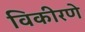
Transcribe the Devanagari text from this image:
विकीरणे